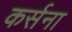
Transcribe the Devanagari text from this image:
कर्सना